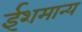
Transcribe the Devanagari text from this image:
ईशमान्य